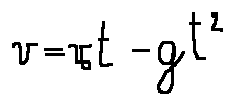
v = v _ { 0 } t - g t ^ { 2 }